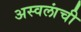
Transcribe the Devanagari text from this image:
अस्वलांची